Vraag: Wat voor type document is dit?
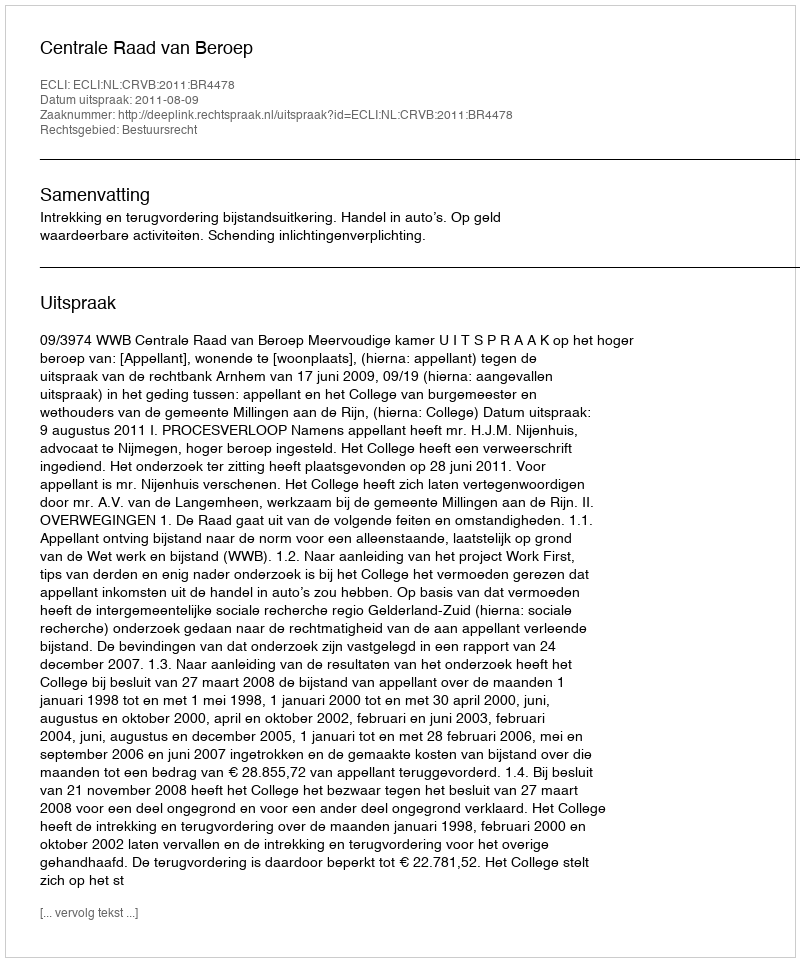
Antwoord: Uitspraak